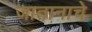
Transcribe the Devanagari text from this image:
जातानाचे